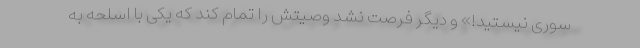
سوری نیستید!» و دیگر فرصت نشد وصیتش را تمام کند که یکی با اسلحه به